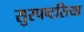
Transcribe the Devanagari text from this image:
सुस्पष्टरित्या